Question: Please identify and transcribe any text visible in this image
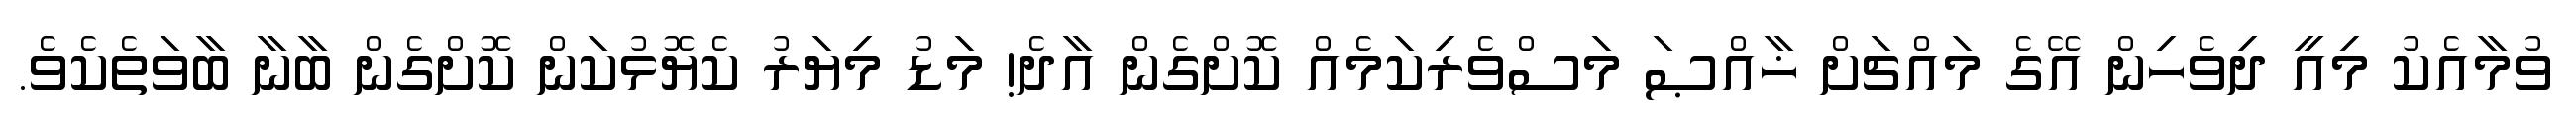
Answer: ވުމާއެކު މިއީ ދިވެހިން އޭގެ މައްޗަށް ޚާއްޞަ މަސްވެރިކަމެއް ކޮށްގެން އާދެ! މަޑު މިޔަރު ކެޔޮޅުކަން ކޮށްގެން ބާނާ ބާވަތެކެވެ.